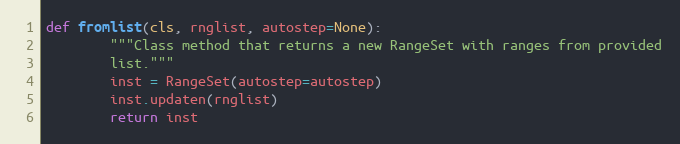
Language: Python
def fromlist(cls, rnglist, autostep=None):
        """Class method that returns a new RangeSet with ranges from provided
        list."""
        inst = RangeSet(autostep=autostep)
        inst.updaten(rnglist)
        return inst